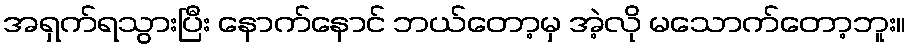
အရှက်ရသွားပြီး နောက်နောင် ဘယ်တော့မှ အဲ့လို မသောက်တော့ဘူး။